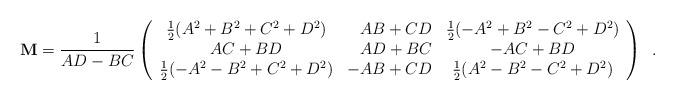
LaTeX: \begin{align*}{\bf M}=\frac{1}{AD-BC}\left(\begin{array}{crc}\frac{1}{2}({A^2}+{B^2}+{C^2}+{D^2}) & AB+CD &\frac{1}{2}(-{A^2}+{B^2}-{C^2}+{D^2}) \\AC+BD & AD+BC & -AC+BD \\\frac{1}{2}(-{A^2}-{B^2}+{C^2}+{D^2}) & -AB+CD &\frac{1}{2}({A^2}-{B^2}-{C^2}+{D^2})\end{array}\right) \,\,\,.\end{align*}